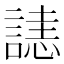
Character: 𧫉